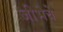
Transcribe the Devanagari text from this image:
जीभेचे